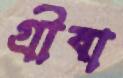
গ্রীবা